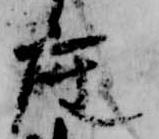
座